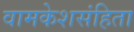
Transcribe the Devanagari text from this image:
वामकेशसंहिता